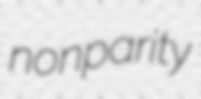
nonparity